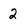
Character: 2